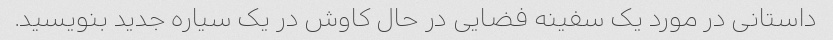
داستانی در مورد یک سفینه فضایی در حال کاوش در یک سیاره جدید بنویسید.